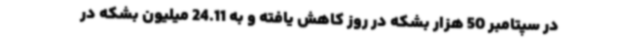
در سپتامبر 50 هزار بشکه در روز کاهش یافته و به 24.11 میلیون بشکه در